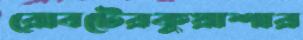
রোবটেরকুয়াশার